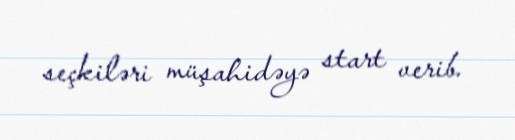
seçkiləri müşahidəyə start verib.